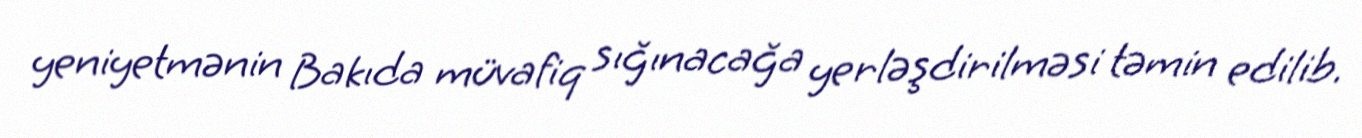
yeniyetmənin Bakıda müvafiq sığınacağa yerləşdirilməsi təmin edilib.